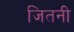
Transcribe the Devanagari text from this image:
जितनी